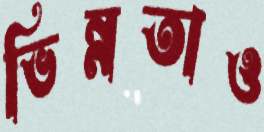
ভিন্নতাও